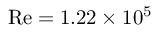
\mathrm { R e } = 1 . 2 2 \times 1 0 ^ { 5 }